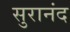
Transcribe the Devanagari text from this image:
सुरानंद